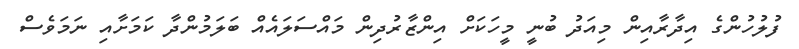
ފުލުހުންގެ އިދާރާއިން މިއަދު ބުނީ މީހަކަށް އިންޒާރުދިން މައްސަލައެއް ބަލަމުންދާ ކަމަށާއި ނަމަވެސް